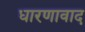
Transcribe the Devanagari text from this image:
धारणावाद